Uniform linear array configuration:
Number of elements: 48
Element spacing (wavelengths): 0.5
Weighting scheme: binomial
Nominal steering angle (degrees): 15
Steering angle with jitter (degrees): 13.544
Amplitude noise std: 0.05
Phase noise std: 0.05

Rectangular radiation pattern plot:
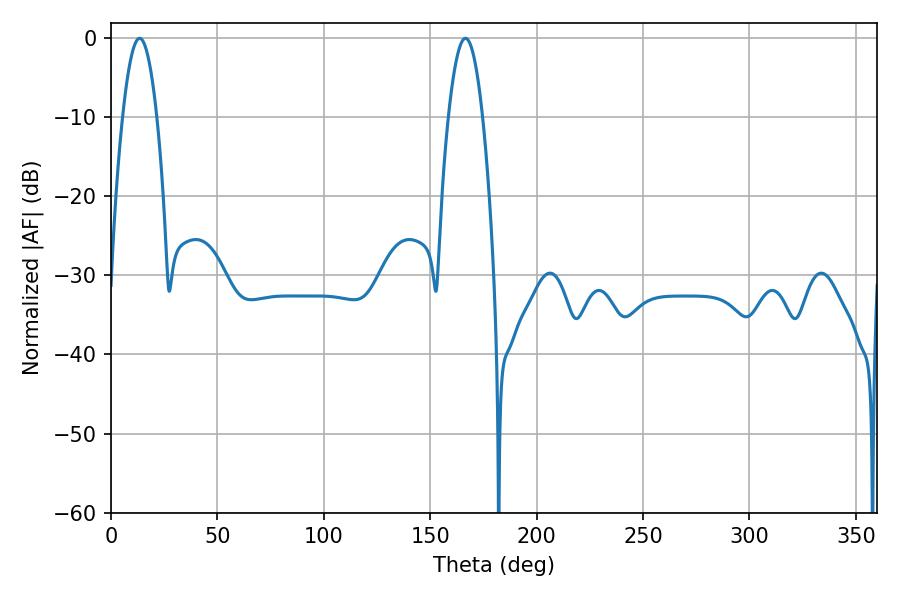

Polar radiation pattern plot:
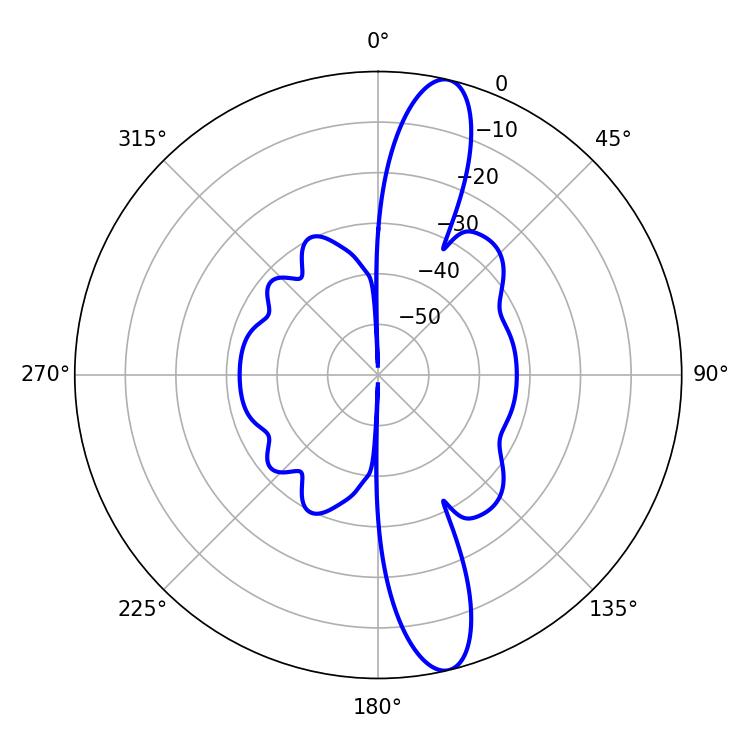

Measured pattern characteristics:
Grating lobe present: FALSE
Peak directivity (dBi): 14.109
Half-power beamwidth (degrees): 8.82
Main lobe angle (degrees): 13.5